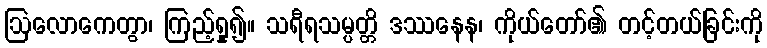
ဩလောကေတွာ၊ ကြည့်ရှု၍။ သရီရသမ္ပတ္တိ ဒဿနေန၊ ကိုယ်တော်၏ တင့်တယ်ခြင်းကို